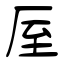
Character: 厔